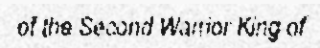
of the Second Warrior King of